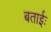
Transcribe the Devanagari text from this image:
बताईः